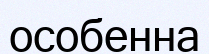
особенна